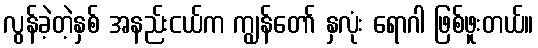
လွန်ခဲ့တဲ့နှစ် အနည်းငယ်က ကျွန်တော် နှလုံး ရောဂါ ဖြစ်ဖူးတယ်။